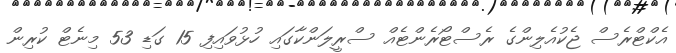
އެކްޓްރެސް ޖެކުއެލިންގެ ރެސްޓޯރެންޓެއް ސްރީލަންކާގައި ހުޅުވައިފި 15 ގަޑި 53 މިނެޓް ކުރިން